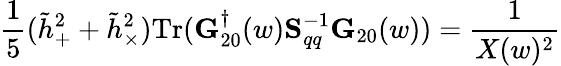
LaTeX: \frac 15({\tilde{h}}_{+}^{2}+{\tilde{h}}_{\times}^{2})\mathrm{Tr}({\mathbf G}_{20}^{\dagger}(w){\mathbf S}_{qq}^{-1}{\mathbf G}_{20}(w))=\frac{1}{X(w)^{2}}